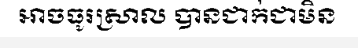
អាចធូរស្រាល បានជាក់ជាមិន